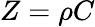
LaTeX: Z=\rho C